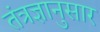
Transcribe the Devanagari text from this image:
तंत्रज्ञानुसार